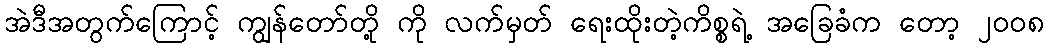
အဲဒီအတွက်ကြောင့် ကျွန်တော်တို့ ကို လက်မှတ် ရေးထိုးတဲ့ကိစ္စရဲ့ အခြေခံက တော့ ၂၀၀၈